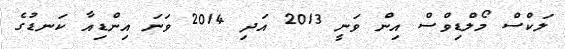
ލަކްސް މޯލްޑިވްސް އިން ވަނީ 2013 އަދި 2014 ވަނަ އިންޑިއާ ކަނޑުގެ